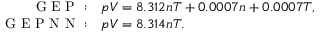
\begin{array} { r l } { \mathrm { ~ G ~ E ~ P ~ } : } & { { } p V = 8 . 3 1 2 n T + 0 . 0 0 0 7 n + 0 . 0 0 0 7 T , } \\ { \mathrm { ~ G ~ E ~ P ~ N ~ N ~ } : } & { { } p V = 8 . 3 1 4 n T . } \end{array}